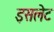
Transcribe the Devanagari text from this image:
इसलेट